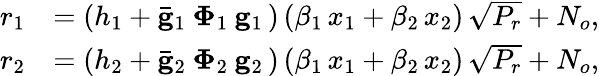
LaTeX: \begin{array}{rl}{r_{1}}&{=\left(h_{1}+\mathbf{\bar{g}}_{1}\: \mathbf{\Phi}_{1}\: \mathbf{g}_{1}\, \right)\, (\beta_{1}\, x_{1}+\beta_{2}\, x_{2})\, \sqrt{P_{r}}+N_{o},}\\ {r_{2}}&{=\left(h_{2}+\mathbf{\bar{g}}_{2}\: \mathbf{\Phi}_{2}\: \mathbf{g}_{2}\, \right)\, (\beta_{1}\, x_{1}+\beta_{2}\, x_{2})\, \sqrt{P_{r}}+N_{o},}\end{array}